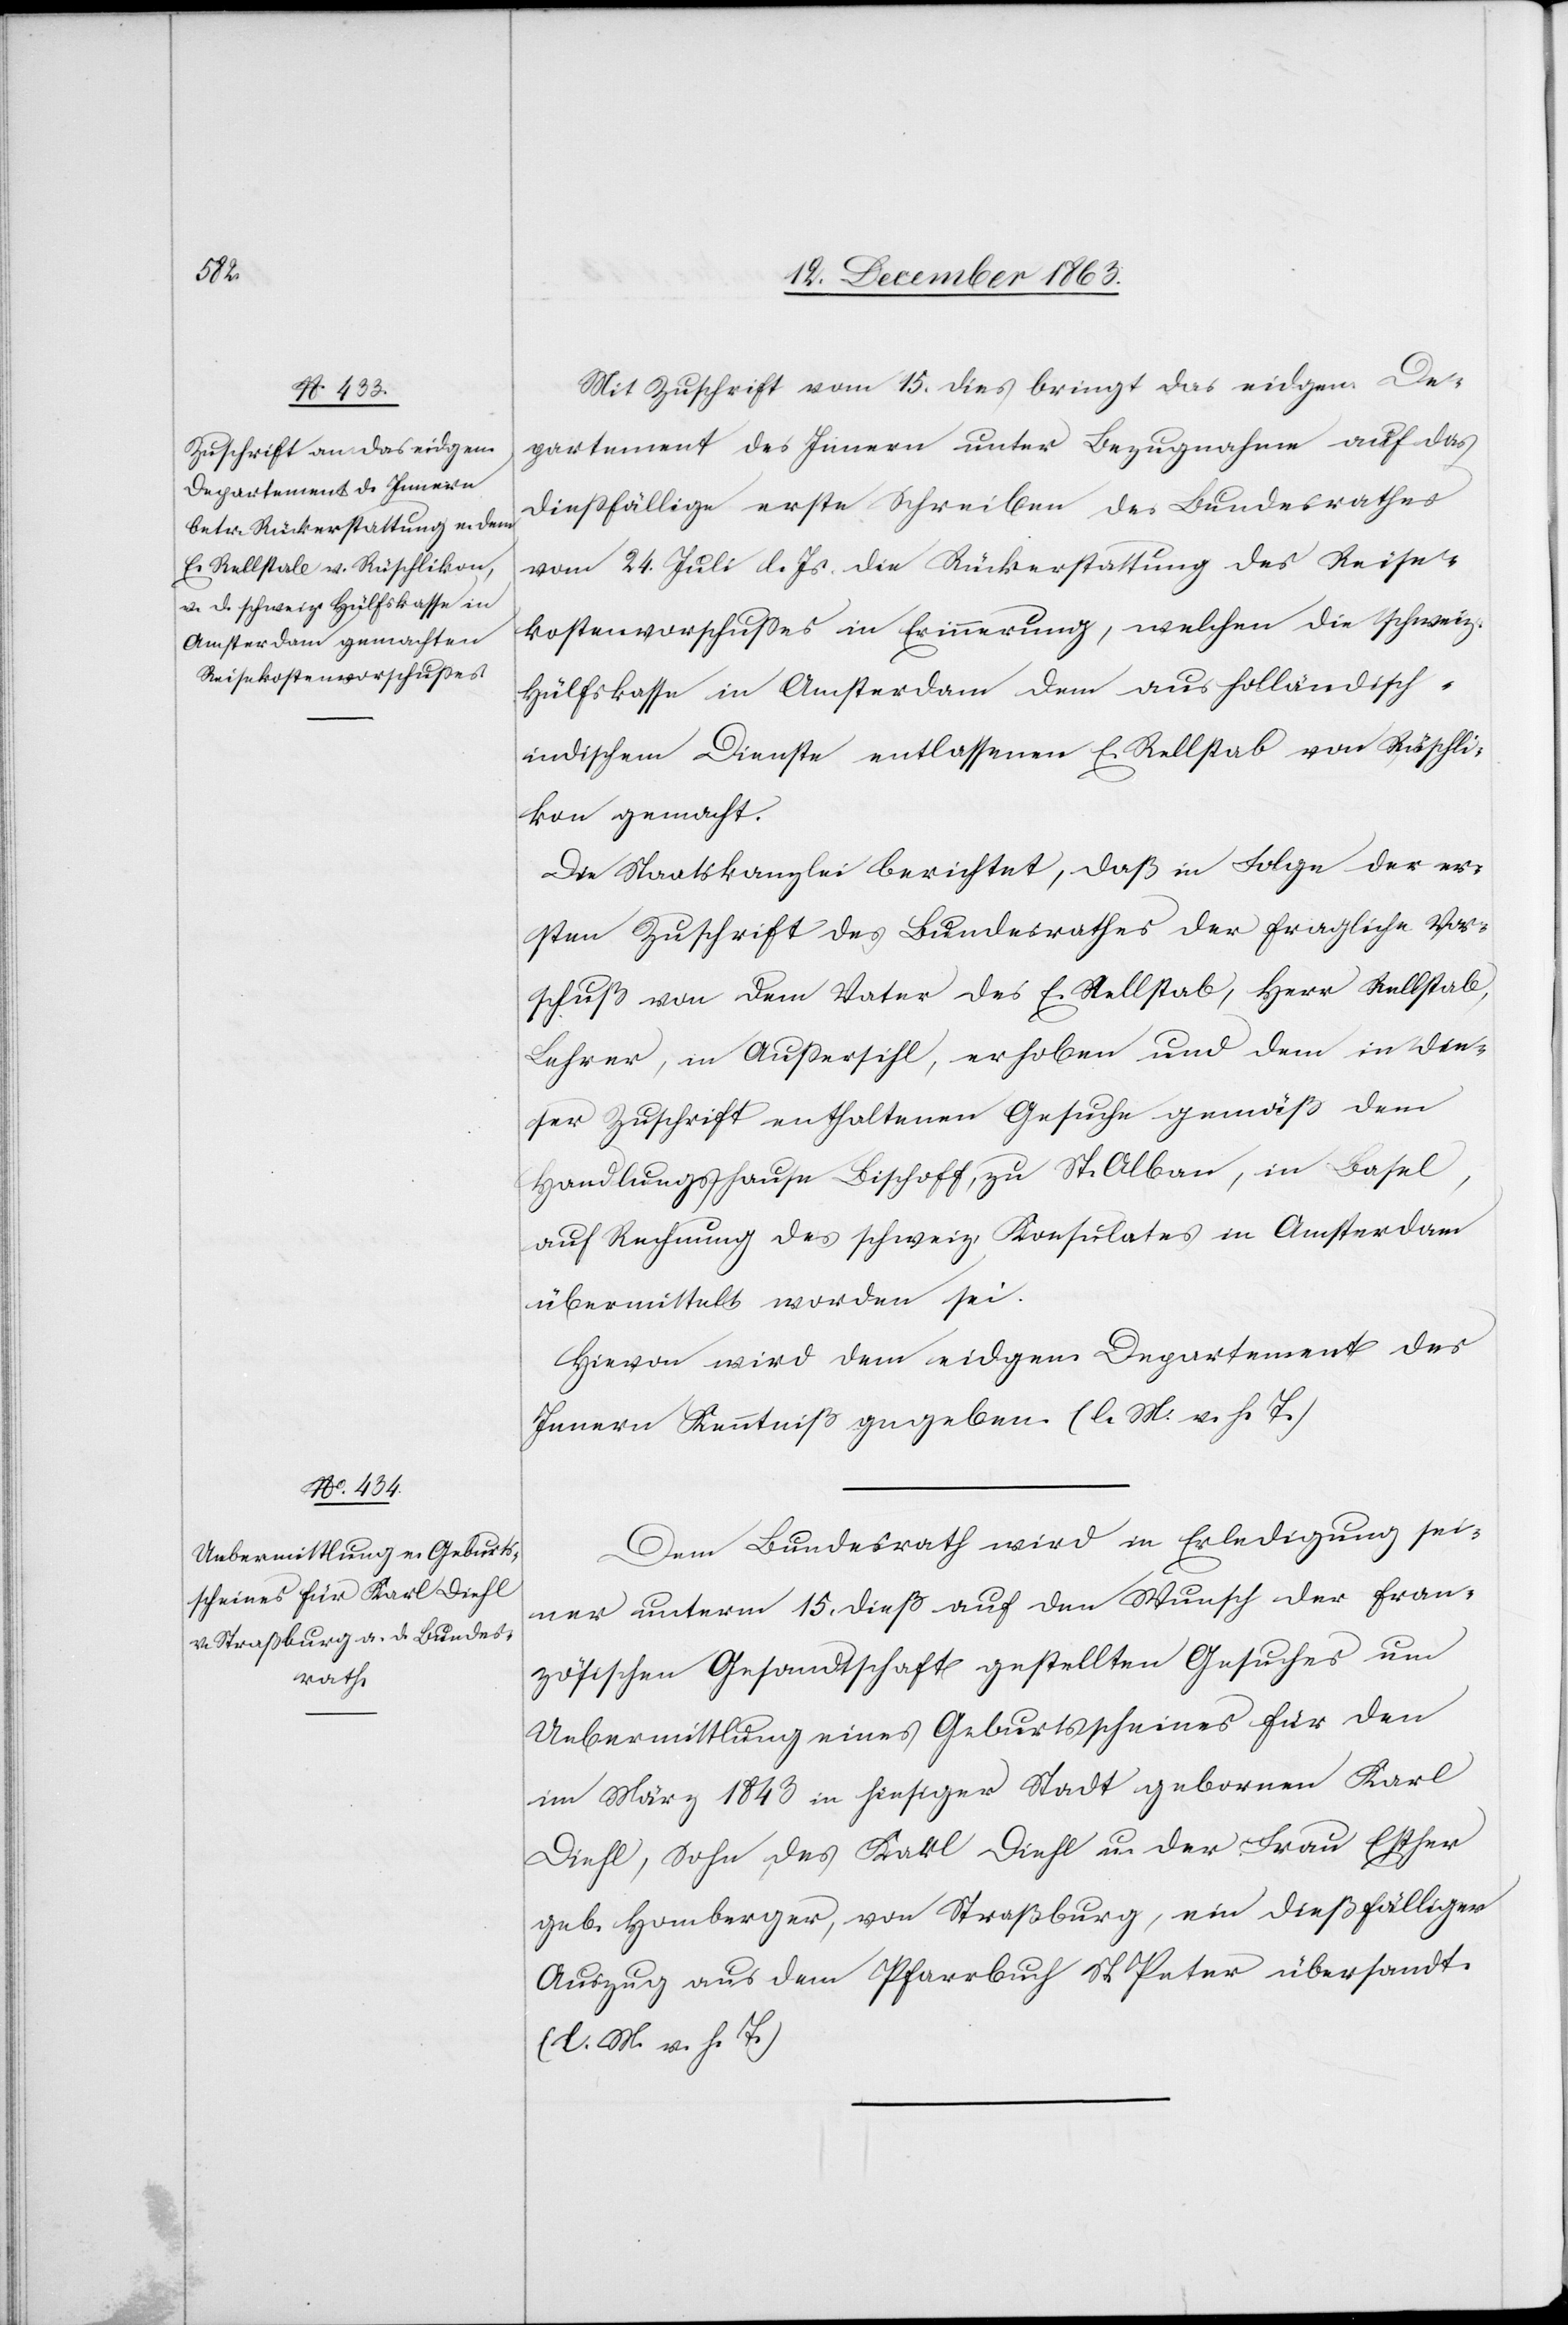
den

18 December 1863.]
Mit Zuschrift vom 15. dies bringt das eidgen. De¬
partement des Innern unter Bezugnahme auf das
diessfällige erste Schreiben des Bundesrathes
vom 24. Juli l. Js. die Rückerstattung des Reise¬
kostenvorschusses in Erinnerung, welchen die schweiz.
Hülfskasse in Amsterdam dem aus holländisch-i¬
ndischem Dienste entlassenen E. Rellstab von Rüschli¬
kon gemacht.
Die Staatskanzlei berichtet, daß in Folge der er¬
sten Zuschrift des Bundesrathes der fragliche Vor¬
schuß von dem Vater des E. Rellstab, Herr Rellstab,
Lehrer, in Aussersihl, erhoben und dem in die¬
ser Zuschrift enthaltenen Gesuche gemäß dem
Handlungshause Bischoff, zu St. Alban, in Basel,
auf Rechnung des schweiz. Konsulates in Amsterdam
übermittelt worden sei.
Hievon wird dem eidgen. Departement des
Innern Kenntniß gegeben. (l. M. v. h. T.)
Dem Bundesrath wird in Erledigung sei¬
ner unterm 15. dieß auf den Wunsch der fran¬
zösischen Gesandtschaft gestellten Gesuches um
Uebermittlung eines Geburtsscheines für den
im März 1843 in hiesiger Stadt gebornen Karl
Diehl, Sohn des Karl Diehl u. der Frau Esther
geb. Homberger, von Straßburg, ein dießfälliger
Auszug aus dem Pfarrbuch St. Peter übersandt.
(l. M. v. h. T.)